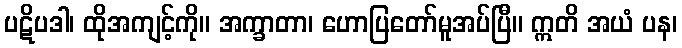
ပဋိပဒါ၊ ထိုအကျင့်ကို။ အက္ခာတာ၊ ဟောပြတော်မူအပ်ပြီ။ ဣတိ အယံ ပန၊